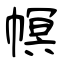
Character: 幎